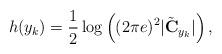
LaTeX: \begin{align*}h(y_k)= \frac{1}{2}\log\left((2\pi e)^{2}|\tilde{\bf C}_{y_k}|\right),\end{align*}